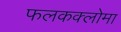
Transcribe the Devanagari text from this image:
फलकक्लोमा